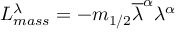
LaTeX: { \cal L } _ { m a s s } ^ { \lambda } = - m _ { 1 / 2 } \overline { { { \lambda } } } ^ { \alpha } \lambda ^ { \alpha }